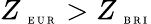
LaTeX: Z_{\mathrm{~\tiny~E~U~R~}}>Z_{\mathrm{~\tiny~B~R~I~}}